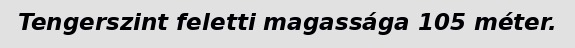
Tengerszint feletti magassága 105 méter.